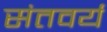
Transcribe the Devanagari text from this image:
संतवर्य